system: You are a helpful assistant.
user:
Analyze the provided spectrum to determine if it is a **S-type Star**.

- **Key Indicators for S-type Star:**

    - **(Overall Spectrum Shape):** The first and most obvious characteristic is the overall continuum (the "baseline" shape). It is **extremely "red-sloping,"** meaning the flux (light intensity) is very low on the left side (blue, ~4000-4500 Å) and rises steeply and continuously toward the right side (red, ~7000 Å+).

    - **(Primary):** The spectrum is defined by the presence of strong, broad molecular absorption "valleys" (bands) from **Zirconium Oxide (ZrO)**. The identification of these bands is the **primary requirement** for classifying a star as S-type.
        - **(Key Bandheads):** You must find distinct, deep "dips" where the light has been absorbed. The most critical band systems to locate are:
            - **~6474 Å** ($\gamma$-system): This is often the strongest and clearest ZrO feature, found in the red part of the spectrum.
            - **~5718 Å** & **~5551 Å** ($\beta$-system): A pair of prominent absorption features in the yellow-orange part of the spectrum.
            - **~4640 Å** ($\alpha$-system): A key absorption band system in the blue-green region of the spectrum.

    - **(Secondary Confirmation):** The classification is strengthened by finding additional absorption bands from other related heavy element oxides, which are expected to be present alongside ZrO.
        - **(Key Bandheads):**
            - **Yttrium Oxide (YO):** Look for absorption dips near **~4800 Å** and **~6100 Å**.
            - **Lanthanum Oxide (LaO):** Additional absorption features, particularly in the red-orange part of the spectrum, are also characteristic.

    - **(Line Profile):** The combination of the steep red continuum and these numerous, deep molecular bands (ZrO, YO, etc.) gives the entire spectrum a very **"chopped-up"** or **"bumpy"** appearance. Instead of a smooth curve, the spectrum looks as though large, wide chunks of light have been "carved out" of it at the specific wavelengths listed above.

Think first, call **spectral_visualization_tool** if needed to examine features in detail, then provide your final answer. Your response must adhere to the following strict rules:
1.  **Overall Structure:** Your response must follow the format `<think>...</think> <tool_call>...</tool_call> (if a tool is used) <answer>...</answer>`.
2.  **Tool Usage Constraint:** You may only make **one** tool call per turn.
3.  **Final Answer Format:** In the `<answer>` tag, your conclusion must be inside a `\boxed{}` command (e.g., `\boxed{YES}` or `\boxed{NO}`), followed by your justification.

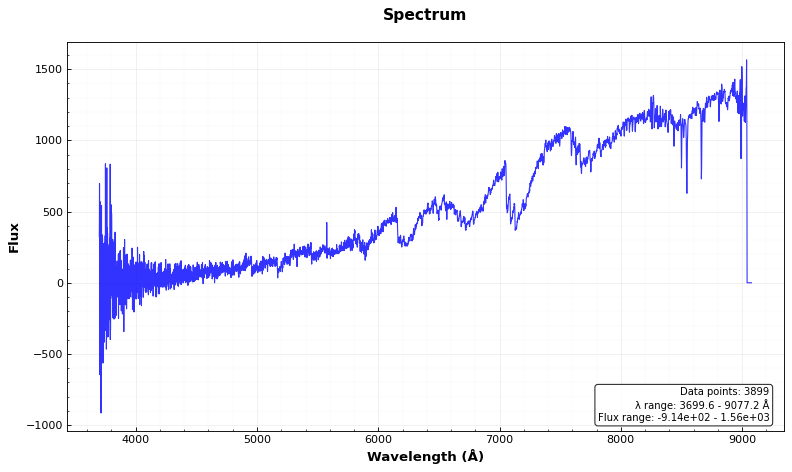
Answer: YES